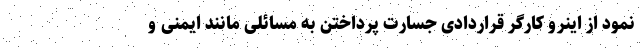
نمود از اینرو کارگر قراردادی جسارت پرداختن به مسائلی مانند ایمنی و